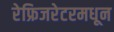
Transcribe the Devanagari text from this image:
रेफ्रिजरेटरमधून